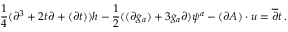
\frac { 1 } { 4 } ( \partial ^ { 3 } + 2 t \partial + ( \partial t ) ) h - \frac { 1 } { 2 } ( ( \partial g _ { a } ) + 3 g _ { a } \partial ) \psi ^ { a } - ( \partial A ) \cdot u = \overline { { { \partial } } } t \, .